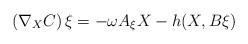
LaTeX: \begin{align*} \left({\nabla}_{X} C\right)\xi=-\omega A_{\xi}X-h(X,B \xi)\end{align*}